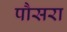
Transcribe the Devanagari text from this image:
पौसरा